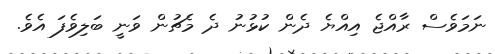
ނަމަވެސް ރާއްޖެ އިއްޔެ ދެން ކުޅުނު ދެ މެޗުން ވަނީ ބަލިވެފަ އެވެ.